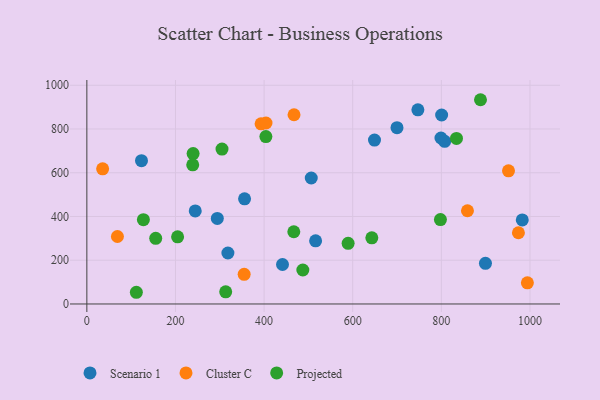
{"axis": {"x": "Distance", "y": "Yield"}, "legend": ["Cluster C", "Projected", "Scenario 1"], "data": [{"x": "516.2", "y": 288.6, "type": "Scenario 1"}, {"x": "244.6", "y": 425.5, "type": "Scenario 1"}, {"x": "899.5", "y": 185.8, "type": "Scenario 1"}, {"x": "649.1", "y": 749.5, "type": "Scenario 1"}, {"x": "318.3", "y": 233.1, "type": "Scenario 1"}, {"x": "699.9", "y": 805.8, "type": "Scenario 1"}, {"x": "799.1", "y": 758.9, "type": "Scenario 1"}, {"x": "123.3", "y": 655.1, "type": "Scenario 1"}, {"x": "747.0", "y": 887.5, "type": "Scenario 1"}, {"x": "807.5", "y": 743.4, "type": "Scenario 1"}, {"x": "294.4", "y": 391.0, "type": "Scenario 1"}, {"x": "355.9", "y": 480.7, "type": "Scenario 1"}, {"x": "506.4", "y": 575.9, "type": "Scenario 1"}, {"x": "441.5", "y": 180.5, "type": "Scenario 1"}, {"x": "982.6", "y": 384.4, "type": "Scenario 1"}, {"x": "800.6", "y": 864.0, "type": "Scenario 1"}, {"x": "951.5", "y": 608.9, "type": "Cluster C"}, {"x": "393.2", "y": 823.4, "type": "Cluster C"}, {"x": "69.0", "y": 308.6, "type": "Cluster C"}, {"x": "994.1", "y": 96.8, "type": "Cluster C"}, {"x": "467.5", "y": 865.1, "type": "Cluster C"}, {"x": "858.9", "y": 426.2, "type": "Cluster C"}, {"x": "355.0", "y": 135.6, "type": "Cluster C"}, {"x": "35.6", "y": 617.8, "type": "Cluster C"}, {"x": "404.3", "y": 827.3, "type": "Cluster C"}, {"x": "973.9", "y": 325.6, "type": "Cluster C"}, {"x": "888.3", "y": 933.8, "type": "Projected"}, {"x": "589.6", "y": 277.5, "type": "Projected"}, {"x": "643.1", "y": 302.4, "type": "Projected"}, {"x": "834.1", "y": 756.7, "type": "Projected"}, {"x": "487.4", "y": 155.4, "type": "Projected"}, {"x": "404.0", "y": 765.3, "type": "Projected"}, {"x": "155.4", "y": 300.1, "type": "Projected"}, {"x": "239.8", "y": 687.4, "type": "Projected"}, {"x": "305.0", "y": 708.1, "type": "Projected"}, {"x": "467.0", "y": 330.2, "type": "Projected"}, {"x": "111.7", "y": 53.5, "type": "Projected"}, {"x": "313.3", "y": 55.7, "type": "Projected"}, {"x": "127.6", "y": 385.6, "type": "Projected"}, {"x": "238.9", "y": 636.4, "type": "Projected"}, {"x": "204.8", "y": 307.1, "type": "Projected"}, {"x": "797.9", "y": 385.9, "type": "Projected"}]}